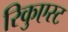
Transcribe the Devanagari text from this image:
रिकुएस्ट